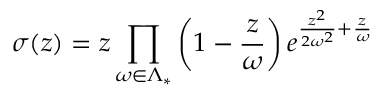
\sigma ( z ) = z \prod _ { \omega \in \Lambda _ { * } } \left( 1 - { \frac { z } { \omega } } \right) e ^ { { \frac { z ^ { 2 } } { 2 \omega ^ { 2 } } } + { \frac { z } { \omega } } }